Annual returns of the Patna Lunatic Asylum at Bankipore in Bihar and Orissa - 1912-1924
Year: 1912
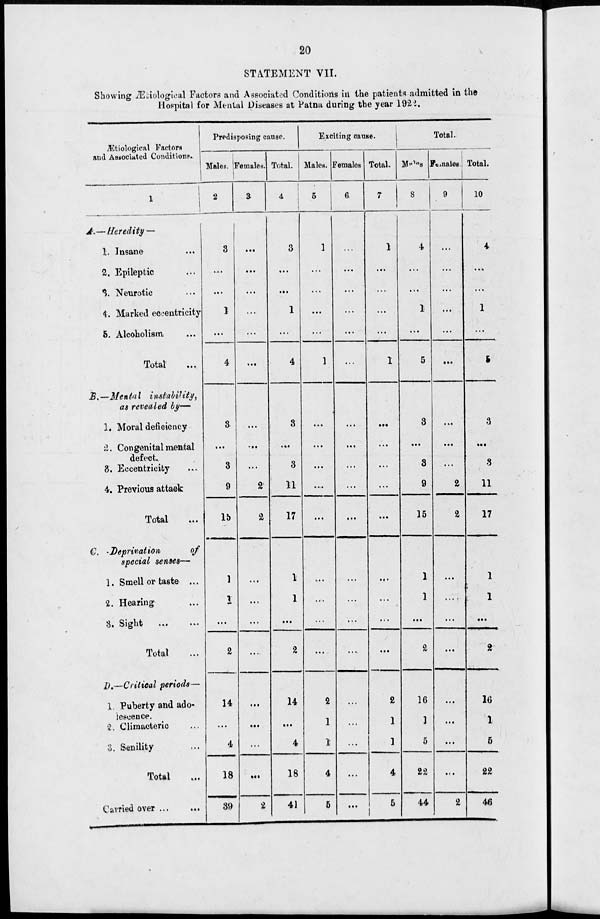
20
STATEMENT VII.
Showing Ætiological Factors and Associated Conditions in the patients admitted in the
Hospital for Mental Diseases at Patna during the year 1922.
Ætiological Factors
and Associated Conditions.
A.—
B.—
C.—
D.—
Heredity —
1. Insane ...
2. Epileptic ...
3. Neurotic ...
4. Marked eccentricity
5. Alcoholism ...
Total ...
Mental
instability,
as revealed by—
1. Moral deficiency
2. Congenital mental
defect.
3. Eccentricity ...
4. Previous attack ...
Total ...
Deprivation
of
special senses—
1. Smell or taste ...
2. Hearing ...
3. Sight ... ...
Total ...
Critical periods—
1. Puberty and ado-
lescence.
2. Climacteric ...
3. Senility ...
Total ...
Carried over ...
...
Predisposing cause.
Males.
2
3
...
...
1
...
4
3
...
3
9
15
1
1
...
2
14
...
4
18
39
Females.
3
...
...
...
...
...
...
...
...
...
2
2
...
...
...
...
...
...
...
...
2
Total.
4
3
...
...
1
...
4
3
...
3
11
17
1
1
...
2
14
...
4
18
41
Exciting cause.
Males.
5
1
...
...
...
...
1
...
...
...
...
...
...
...
...
...
2
1
1
4
5
Females.
6
...
...
...
...
...
...
...
...
...
...
...
...
...
...
...
...
...
...
...
...
Total.
7
1
...
...
...
...
1
...
...
...
...
...
...
...
...
...
2
1
1
4
5
Total.
Males.
8
4
...
...
1
...
5
3
...
3
9
15
1
1
...
2
16
1
5
22
44
Females.
9
...
...
...
...
...
...
...
...
...
2
2
...
...
...
...
...
...
...
...
2
Total.
10
4
...
...
1
...
5
3
...
3
11
17
1
1
...
2
16
1
5
22
46